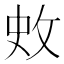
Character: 𭣥